Subject: eess
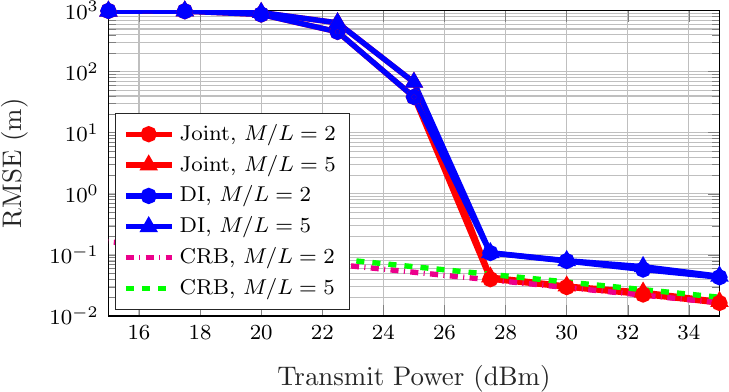
LaTeX code:
\begin{tikzpicture}[scale=0.8\columnwidth/10cm,font=\footnotesize]
\begin{axis}[%
width=8 cm,
height=4 cm,
at={(1.011in,0.642in)},
scale only axis,
xmin=15,
xmax=35,
xlabel style={font=\color{white!15!black}},
xlabel={Transmit Power (dBm)},
ymode=log,
ymin=0.01,
ymax=1004.28398200382,
yminorticks=true,
ylabel style={font=\color{white!15!black}},
ylabel={RMSE (m)},
axis background/.style={fill=white},
xmajorgrids,
ymajorgrids,
yminorgrids,
legend style={at={(0.01,0.02)}, anchor=south west, legend cell align=left, align=left, draw=white!15!black},
legend columns=1
]
\addplot [color=red, line width=2.0pt, mark=o, mark options={solid, red}]
  table[row sep=crcr]{%
15	987.817602156074\\
17.5000000000000	977.304845294985\\
20	863.596033667061\\
22.5000000000000	448.703737964357\\
25	38.5434497180804\\
27.5000000000000	0.0400970392720214\\
30	0.0297503827178094\\
32.5000000000000	0.0225027612963736\\
35	0.0163533215421436\\
};
\addlegendentry{Joint, $M/L=2$}

\addplot [color=red, line width=2.0pt, mark=triangle, mark options={solid, red}]
  table[row sep=crcr]{%
15	978.425693520190\\
17.5000000000000	984.936052298752\\
20	928.276982524711\\
22.5000000000000	629.672767009790\\
25	66.9839390538552\\
27.5000000000000	0.0434965308599372\\
30	0.0308968617139329\\
32.5000000000000	0.0245196292331555\\
35	0.0172217247091351\\
};
\addlegendentry{Joint, $M/L=5$}

\addplot [color=blue, line width=2.0pt, mark=o, mark options={solid, blue}]
  table[row sep=crcr]{%
15	988.793452677497\\
17.5000000000000	978.172001595890\\
20	864.720889293227\\
22.5000000000000	449.132243856292\\
25	38.5722675782381\\
27.5000000000000	0.107489232163813\\
30	0.0794511195804011\\
32.5000000000000	0.0576550634356775\\
35	0.0430885406938715\\
};
\addlegendentry{DI, $M/L=2$}

\addplot [color=blue, line width=2.0pt, mark=triangle, mark options={solid, blue}]
  table[row sep=crcr]{%
15	979.613023778122\\
17.5000000000000	986.342924243313\\
20	929.805933432445\\
22.5000000000000	630.079828776774\\
25	67.0125412716790\\
27.5000000000000	0.108774842716872\\
30	0.0806123741198739\\
32.5000000000000	0.0642897091726969\\
35	0.0448354085415060\\
};
\addlegendentry{DI, $M/L=5$}

\addplot [color=magenta, dashdotted, line width=2.0pt]
  table[row sep=crcr]{%
10	0.292930752461633\\
12.5	0.219667075006378\\
15	0.164727067528281\\
17.5	0.123527874059774\\
20	0.0926328374485735\\
22.5	0.0694648283967199\\
25	0.0520912725669731\\
27.5	0.0390629436547317\\
30	0.0292930752461633\\
32.5	0.0219667075006377\\
35	0.0164727067528281\\
37.5	0.0123527874059774\\
40	0.00926328374485736\\
};
\addlegendentry{CRB, $M/L=2$}

\addplot [color=green, dashed, line width=2.0pt]
  table[row sep=crcr]{%
10	0.360454869946611\\
12.5	0.270303019698646\\
15	0.202698669237092\\
17.5	0.15200255830029\\
20	0.113985838273107\\
22.5	0.0854773200669084\\
25	0.0640989473474315\\
27.5	0.0480674294401448\\
30	0.0360454869946611\\
32.5	0.0270303019698647\\
35	0.0202698669237092\\
37.5	0.015200255830029\\
40	0.0113985838273106\\
};
\addlegendentry{CRB, $M/L=5$}

\end{axis}
\end{tikzpicture}%